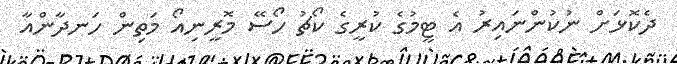
ދެކޮޅަށް ނުކުންނައިރު އެ ޓީމުގެ ކުރީގެ ކޯޗު ހޯސޭ މޮރީނިއޯ މަތިން ހަނދާންއާ